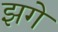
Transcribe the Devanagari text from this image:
झगे